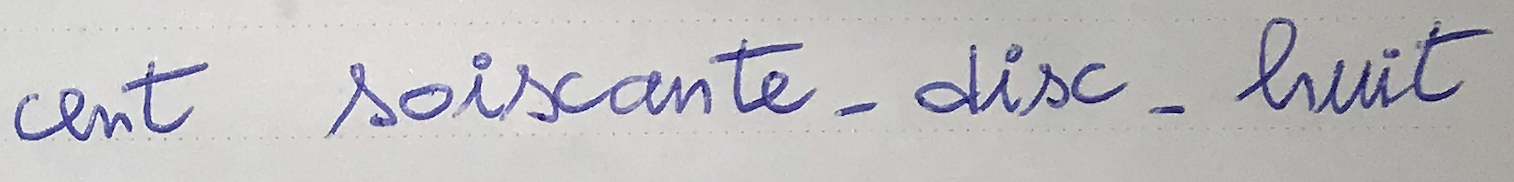
cent soixante-dix-huit